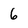
Character: 6